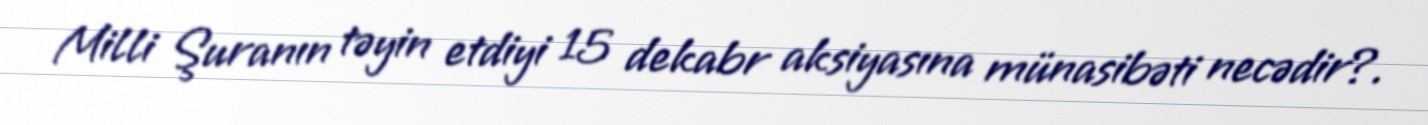
Milli Şuranın təyin etdiyi 15 dekabr aksiyasına münasibəti necədir?.